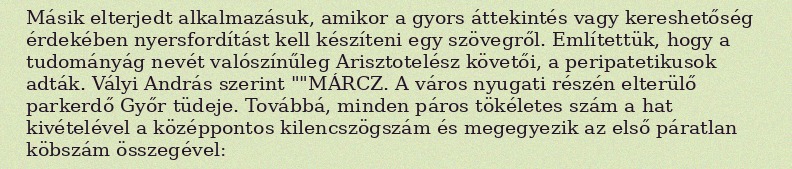
Másik elterjedt alkalmazásuk, amikor a gyors áttekintés vagy kereshetőség érdekében nyersfordítást kell készíteni egy szövegről. Említettük, hogy a tudományág nevét valószínűleg Arisztotelész követői, a peripatetikusok adták. Vályi András szerint ""MÁRCZ. A város nyugati részén elterülő parkerdő Győr tüdeje. Továbbá, minden páros tökéletes szám a hat kivételével a középpontos kilencszögszám és megegyezik az első páratlan köbszám összegével: